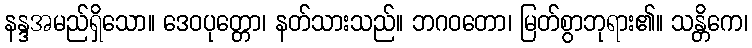
နန္ဒအမည်ရှိသော။ ဒေဝပုတ္တော၊ နတ်သားသည်။ ဘဂဝတော၊ မြတ်စွာဘုရား၏။ သန္တိကေ၊